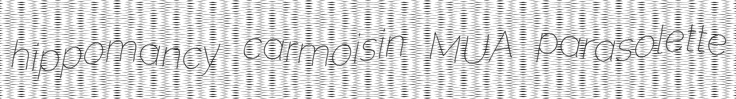
hippomancy carmoisin MUA parasolette